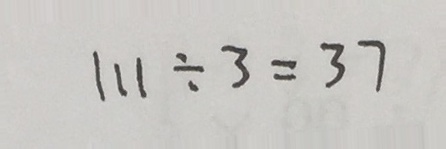
1 1 1 \div 3 = 3 7